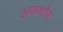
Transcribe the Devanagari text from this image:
अफशोस